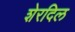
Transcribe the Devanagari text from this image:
शेरदिल